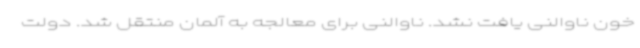
خون ناوالنی یافت نشد. ناوالنی برای معالجه به آلمان منتقل شد. دولت